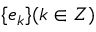
\{ e _ { k } \} ( k \in Z )